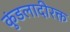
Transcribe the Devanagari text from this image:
कुंडलादीरक्त